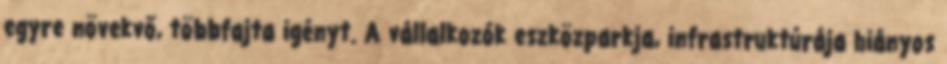
egyre növekvő, többfajta igényt. A vállalkozók eszközparkja, infrastruktúrája hiányos